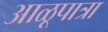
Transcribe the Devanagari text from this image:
आळूपात्रा